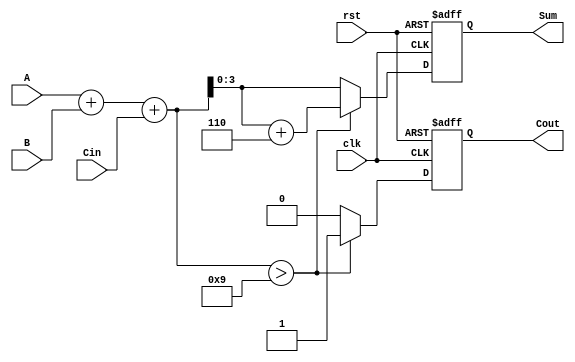
module BCD_Sequential_Adder (
    input wire [3:0] A,         // BCD input A
    input wire [3:0] B,         // BCD input B
    input wire Cin,             // Carry input
    input wire clk,             // Clock input
    input wire rst,             // Reset input
    output reg [3:0] Sum,       // BCD output
    output reg Cout             // Carry output
);

    reg [4:0] binary_sum;       // To hold the binary sum with carry

    always @(posedge clk or posedge rst) begin
        if (rst) begin
            Sum <= 4'b0000;      // Reset Sum to 0
            Cout <= 1'b0;       // Reset Carry out to 0
        end else begin
            binary_sum = A + B + Cin; // Perform binary addition
            
            // Check for BCD correction
            if (binary_sum > 9) begin
                binary_sum = binary_sum + 5'b00110; // Add 6 for BCD correction
                Cout <= 1'b1; // Set carry out if it exceeds 9
            end else begin
                Cout <= 1'b0; // No carry out if within BCD range
            end
            
            Sum <= binary_sum[3:0]; // Assign lower 4 bits to Sum
        end
    end

endmodule